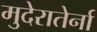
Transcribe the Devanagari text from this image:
मुदेरातेर्ना